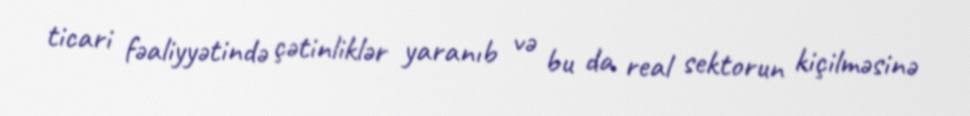
ticari fəaliyyətində çətinliklər yaranıb və bu da real sektorun kiçilməsinə